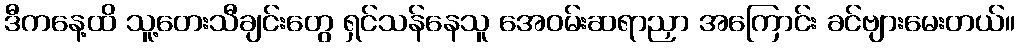
ဒီကနေ့ထိ သူ့တေးသီချင်းတွေ ရှင်သန်နေသူ အေဝမ်းဆရာညှာ အကြောင်း ခင်ဗျားမေးတယ်။